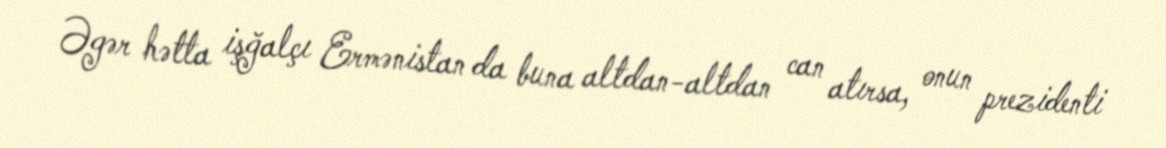
Əgər hətta işğalçı Ermənistan da buna altdan-altdan can atırsa, onun prezidenti